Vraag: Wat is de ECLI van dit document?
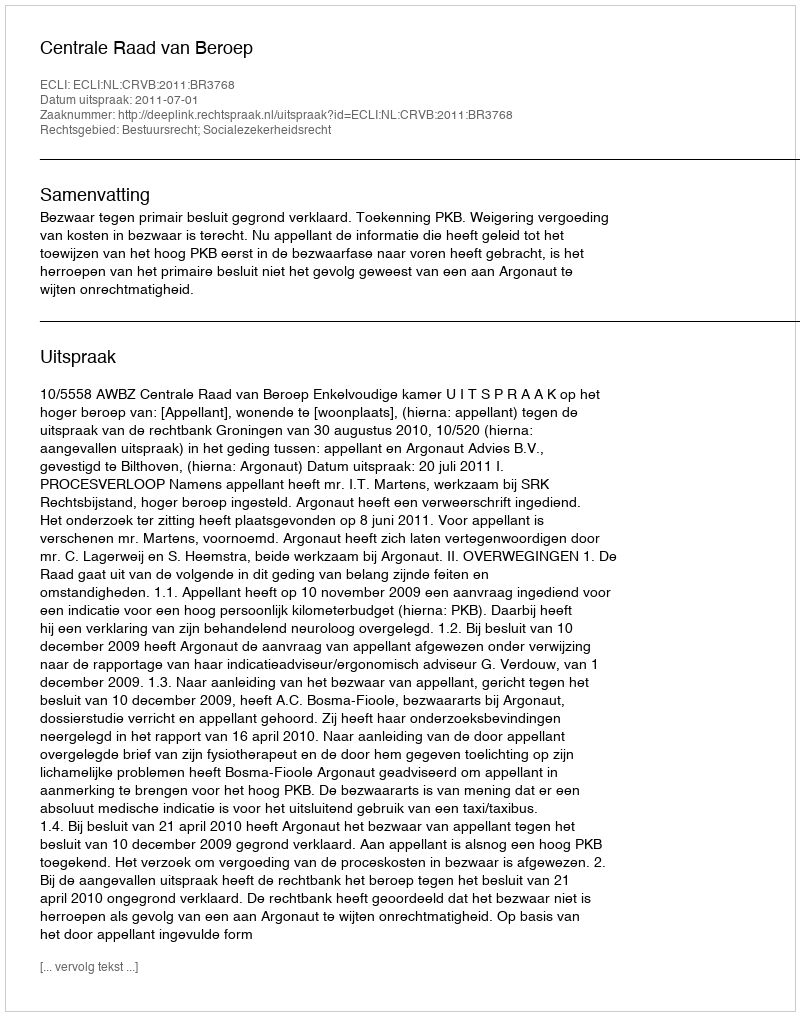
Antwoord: ECLI:NL:CRVB:2011:BR3768